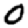
Digit: 0